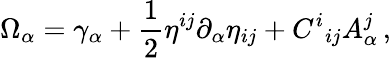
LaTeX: \Omega_{\alpha}=\gamma_{\alpha}+\frac{1}{2}\eta^{ij}\partial_{\alpha}\eta_{ij}+C^{i}{}_{ij}A_{\alpha}^{j}\, ,